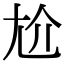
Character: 尬